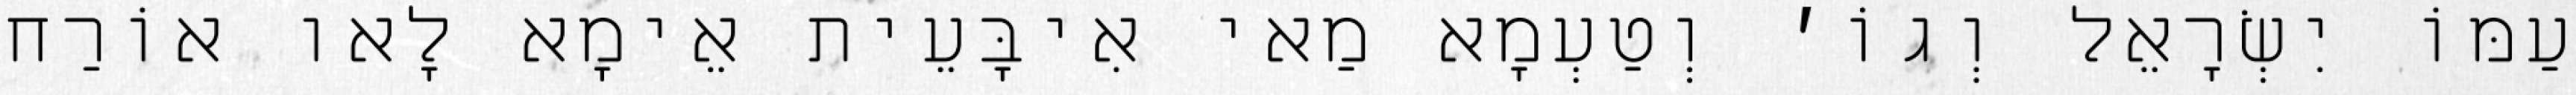
עַמּוֹ יִשְׂרָאֵל וְגוֹ׳ וְטַעְמָא מַאי אִיבָּעֵית אֵימָא לָאו אוֹרַח